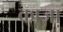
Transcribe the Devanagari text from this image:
काजा़